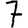
Digit: 7